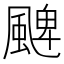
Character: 𩗫